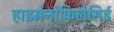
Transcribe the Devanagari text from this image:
हाइमेनोफिलेसिई